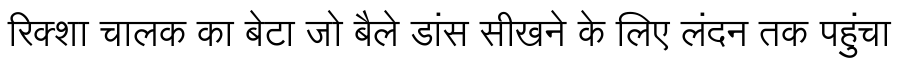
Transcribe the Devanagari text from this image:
रिक्शा चालक का बेटा जो बैले डांस सीखने के लिए लंदन तक पहुंचा